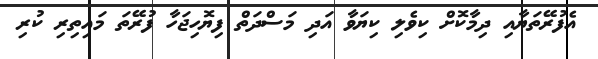
އެފުރޭތަޔާއި ދިމާކޮށް ކިވެލި ކިޔަވާ އަދި މަސްދަތް ފިޔޮހިޖަހާ ފުރޭތަ މައިތިރި ކުރި